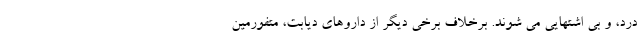
درد، و بی اشتهایی می شوند. برخلاف برخی دیگر از داروهای دیابت، متفورمین